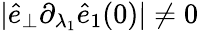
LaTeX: \vert\hat{e}_{\perp}\partial_{\lambda_{1}}\hat{e}_{1}(0)\vert\neq 0